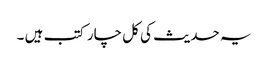
یہ حدیث کی کل چار کتب ہیں ۔